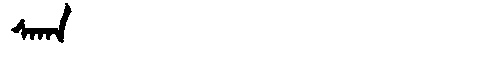
Manchu: ᠰᠠᡴᠠ
Romanization: SAKA